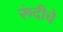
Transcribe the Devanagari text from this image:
रूंदीचे